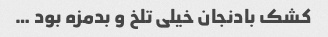
کشک بادنجان خیلی تلخ و بدمزه بود …